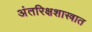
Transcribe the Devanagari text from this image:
अंतरिक्षशास्त्रात